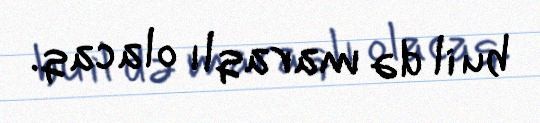
bu il də maraqlı olacaq.